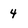
Character: 4